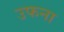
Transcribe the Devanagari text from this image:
उफना